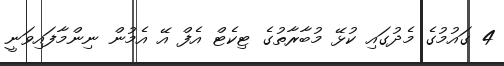
4 ގައުމުގެ މެދުގައި ކުޅޭ މުބާރާތުގެ ޓިކެޓް އެފް އޭ އެމުން ނިންމާފައިވަނީ